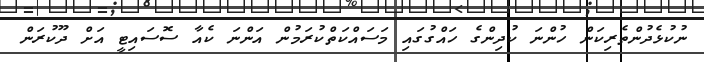
ނުކުޅެދުންތެރިކަން ހުންނަ ކުދިންގެ ހައްގުގައި މަސައްކަތްކުރަމުން އަންނަ ކެއާ ސޮސައިޓީ އަށް ދޫކުރަން